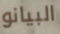
البيانو